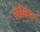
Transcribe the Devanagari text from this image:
खोलन